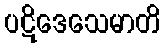
ပဋိဒေသေမာတိ